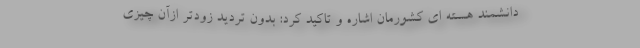
دانشمند هسته ای کشورمان اشاره و تاکید کرد: بدون تردید زودتر ازآن چیزی